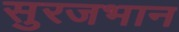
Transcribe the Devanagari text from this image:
सुरजभान